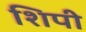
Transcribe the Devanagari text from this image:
शिपी